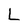
Character: L